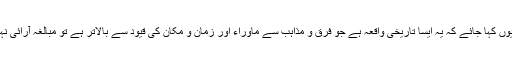
بلکہ اگر یوں کہا جائے کہ یہ ایسا تاریخی واقعہ ہے جو فرق و مذاہب سے ماوراء اور زمان و مکان کی قیود سے بالاتر ہے تو مبالغہ آرائی نہیں ہو گی۔